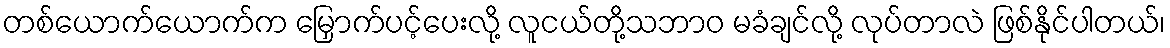
တစ်ယောက်ယောက်က မြှောက်ပင့်ပေးလို့ လူငယ်တို့သဘာဝ မခံချင်လို့ လုပ်တာလဲ ဖြစ်နိုင်ပါတယ်၊